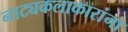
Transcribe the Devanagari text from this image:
नाट्यकलाकारांना